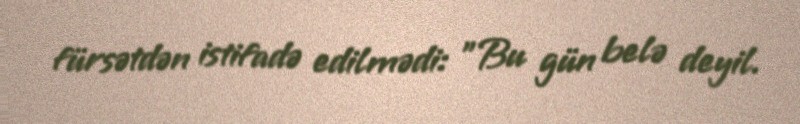
fürsətdən istifadə edilmədi: "Bu gün belə deyil.